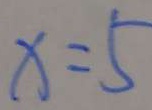
x = 5